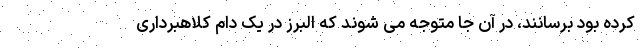
کرده بود برسانند، در آن جا متوجه می شوند که البرز در یک دام کلاهبرداری